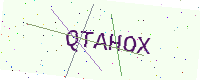
Text: QTAHOX